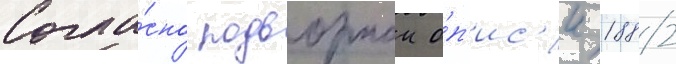
Согла́сно подворнои о́п'ис'и 1882